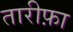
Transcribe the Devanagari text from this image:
तारीफ़ा